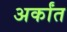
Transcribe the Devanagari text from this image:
अर्कांत